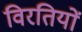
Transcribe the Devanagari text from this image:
विरतियों